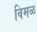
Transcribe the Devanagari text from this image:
विमळ